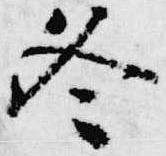
冬